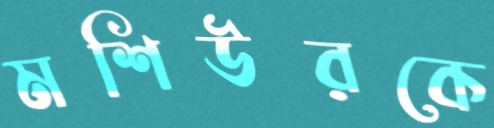
মশিউরকে